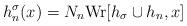
LaTeX: \begin{align*}h_n^{\sigma}(x)=N_n {\rm Wr}[h_{\sigma}\cup h_n,x]\end{align*}